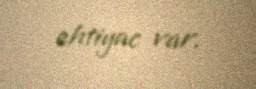
ehtiyac var.